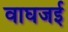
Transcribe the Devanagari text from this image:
वाघजई